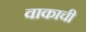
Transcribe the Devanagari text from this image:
वाकाची